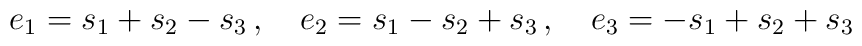
e_1=s_1+s_2-s_3 \, , \quad  e_2=s_1-s_2+s_3 \, , \quad  e_3=-s_1+s_2+s_3